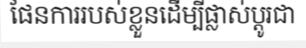
ផែនការរបស់ខ្លួនដើម្បីផ្លាស់ប្តូរជា